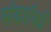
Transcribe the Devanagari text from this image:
संदर्शकों